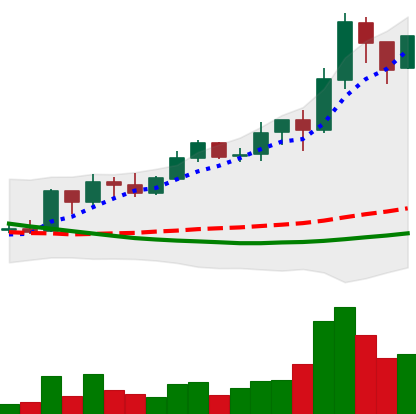
Ticker: ADA-USD
Chart end date: 2019-03-26
Forward return: 11.826%
Label: up_7plus